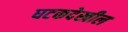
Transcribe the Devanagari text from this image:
घटकदेखील